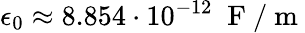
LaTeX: \epsilon_{0}\approx 8.854\cdot 10^{-12}\; \mathrm{~F~}/\mathrm{~m~}